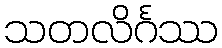
သတလိင်္ဂဿ